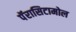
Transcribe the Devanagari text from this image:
पॅरासिटामोल